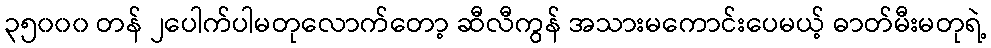
၃၅၀၀၀ တန် ၂ပေါက်ပါမတုလောက်တော့ ဆီလီကွန် အသားမကောင်းပေမယ့် ဓာတ်မီးမတုရဲ့